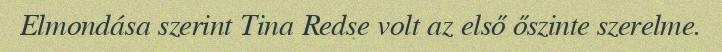
Elmondása szerint Tina Redse volt az első őszinte szerelme.